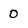
Character: 0